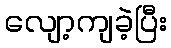
လျော့ကျခဲ့ပြီး